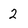
Character: 2